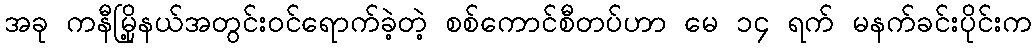
အခု ကနီမြို့နယ်အတွင်းဝင်ရောက်ခဲ့တဲ့ စစ်ကောင်စီတပ်ဟာ မေ ၁၄ ရက် မနက်ခင်းပိုင်းက